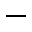
-